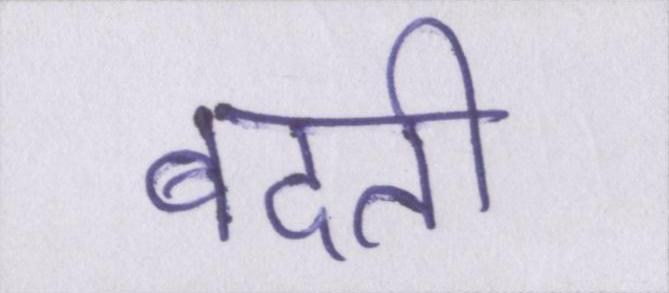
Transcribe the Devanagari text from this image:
बदती